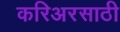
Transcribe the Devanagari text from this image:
करिअरसाठी